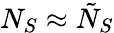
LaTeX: N_{S}\approx\tilde{N}_{S}